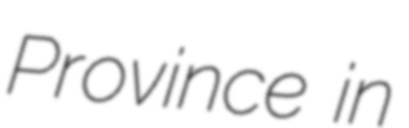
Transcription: Province in